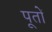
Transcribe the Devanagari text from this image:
पूतों